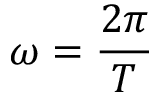
\omega = { \frac { 2 \pi } { T } }